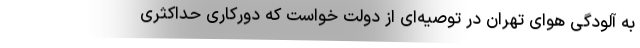
به آلودگی هوای تهران در توصیه‌ای از دولت خواست که دورکاری حداکثری